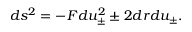
d s ^ { 2 } = - F d u _ { \pm } ^ { 2 } \pm 2 d r d u _ { \pm } .